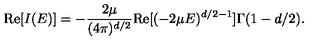
\mathrm { R e } [ I ( E ) ] = - \frac { 2 \mu } { ( 4 \pi ) ^ { d / 2 } } \mathrm { R e } [ ( - 2 \mu E ) ^ { d / 2 - 1 } ] \Gamma ( 1 - d / 2 ) .